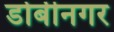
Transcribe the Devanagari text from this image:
डोबीनगर